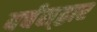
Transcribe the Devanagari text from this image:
वर्चस्‌द्वार